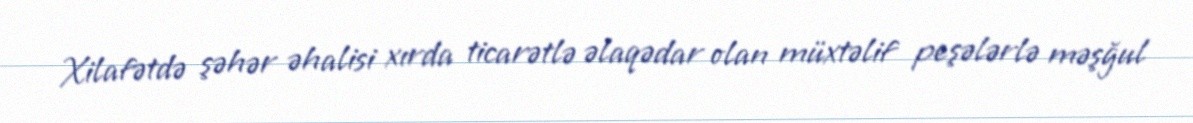
Xilafətdə şəhər əhalisi xırda ticarətlə əlaqədar olan müxtəlif peşələrlə məşğul